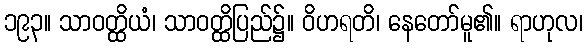
၁၉၃။ သာဝတ္ထိယံ၊ သာဝတ္ထိပြည်၌။ ဝိဟရတိ၊ နေတော်မူ၏။ ရာဟုလ၊